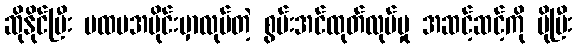
ဆိုနိုင်ပြီး ပထမအပိုင်းမှာလုပ်တဲ့ စွမ်းအင်ထုတ်လုပ်မှု အဆင့်ဆင့်ကို ပိုပြီး